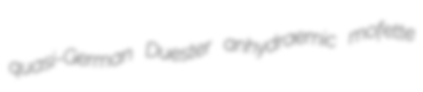
quasi-German Duester anhydraemic mofette